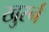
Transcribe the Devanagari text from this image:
खुर्स्न